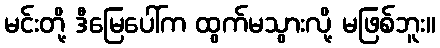
မင်းတို့ ဒီမြေပေါ်က ထွက်မသွားလို့ မဖြစ်ဘူး။